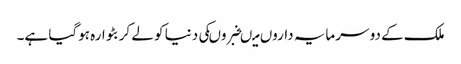
ملک کے دو سرمایہ داروں میںخبروںکی دنیا کو لے کر بٹوارہ ہوگیا ہے۔